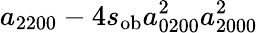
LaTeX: a_{2200}-4s_{\mathrm{ob}}a_{0200}^{2}a_{2000}^{2}